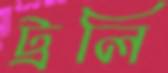
ট্রলি